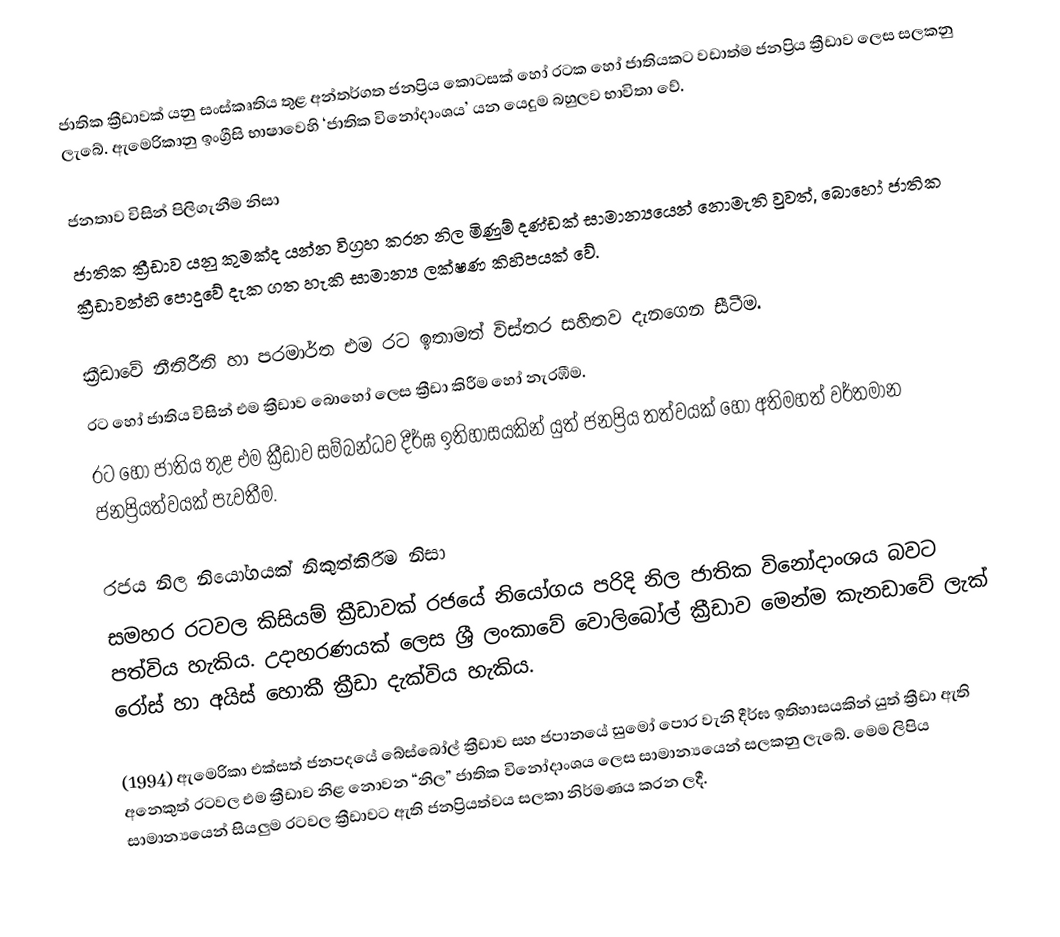
ජාතික ක්‍රීඩාවක් යනු සංස්කෘතිය තුළ අන්තර්ගත ජනප්‍රිය කොටසක් හෝ රටක හෝ ජාතියකට වඩාත්ම ජනප්‍රිය ක්‍රීඩාව ලෙස සලකනු ලැබේ. ඇමෙරිකානු ඉංග්‍රීසි භාෂාවෙහි ‘ජාතික විනෝදාංශය’ යන යෙදුම බහුලව භාවිතා වේ.

ජනතාව විසින් පිලිගැනීම නිසා
ජාතික ක්‍රීඩාව යනු කුමක්ද යන්න විග්‍රහ කරන නිල මිණුම් දණ්ඩක් සාමාන්‍යයෙන් නොමැති වුවත්, බොහෝ ජාතික ක්‍රීඩාවන්හි පොදුවේ දැක ගත හැකි සාමාන්‍ය ලක්ෂණ කිහිපයක් වේ.

ක්‍රීඩාවේ නීතිරීති හා පරමාර්ත එම රට ඉතාමත් විස්තර සහිතව දැනගෙන සීටීම.
රට හෝ ජාතිය විසින් එම ක්‍රීඩාව ‍බොහෝ ලෙස ක්‍රීඩා කිරීම හෝ නැරඹීම.
රට හෝ ජාතිය තුළ එම ක්‍රීඩාව සම්බන්ධව දීර්ඝ ඉතිහාසයකින් යුත් ජනප්‍රිය තත්වයක් හෝ අතිමහත් වර්තමාන ජනප්‍රියත්වයක් පැවතීම.

රජය නිල නියෝගයක් නිකුත්කිරීම නිසා
සමහර රටවල කිසියම් ක්‍රීඩාවක් රජයේ නියෝගය පරිදි නිල ජාතික විනෝදාංශය බවට පත්විය හැකිය. උදාහරණයක් ලෙස ශ්‍රී ලංකාවේ වොලිබෝල් ක්‍රීඩාව මෙන්ම කැනඩාවේ ලැක් රෝස් හා  අයිස් හොකී ක්‍රීඩා දැක්විය හැකිය.

(1994) ඇමෙරිකා එක්සත් ජනපදයේ බේස්බෝල් ක්‍රීඩාව සහ ජපානයේ සුමෝ පොර වැනි දීර්ඝ ඉතිහාසයකින් යුත් ක්‍රීඩා ඇති අනෙකුත් රටවල එම ක්‍රීඩාව නිළ නොවන “නිල” ජාතික විනෝදාංශය ලෙස සාමාන්‍යයෙන් සලකනු ලැබේ. මෙම ලිපිය සාමාන්‍යයෙන් සියලුම රටවල ක්‍රීඩාවට ඇති ජනප්‍රියත්වය සලකා නිර්මණය කරන ලදී.